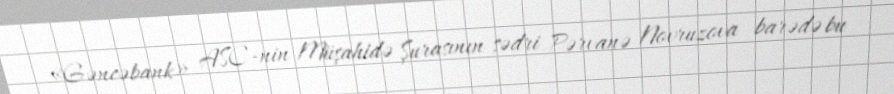
«Gəncəbank» ASC-nin Müşahidə Şurasının sədri Pərvanə Novruzova barədə bu